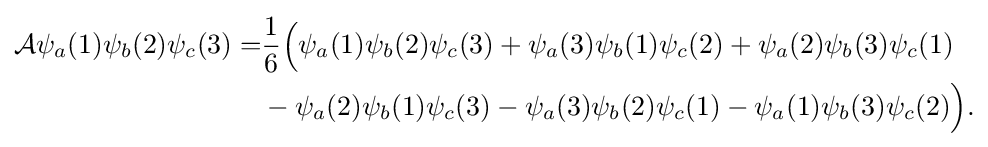
{\begin{aligned}{\mathcal {A}}\psi _{a}(1)\psi _{b}(2)\psi _{c}(3)=&{\frac {1}{6}}{\Big (}\psi _{a}(1)\psi _{b}(2)\psi _{c}(3)+\psi _{a}(3)\psi _{b}(1)\psi _{c}(2)+\psi _{a}(2)\psi _{b}(3)\psi _{c}(1)\\&{}-\psi _{a}(2)\psi _{b}(1)\psi _{c}(3)-\psi _{a}(3)\psi _{b}(2)\psi _{c}(1)-\psi _{a}(1)\psi _{b}(3)\psi _{c}(2){\Big )}.\end{aligned}}